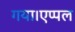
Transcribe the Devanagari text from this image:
गया।एप्पल